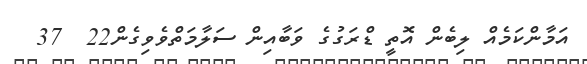
އަމާންކަމެއް ލިބެން އޮތީ ޑްރަގުގެ ވަބާއިން ސަލާމަތްވެވިގެން22  37